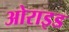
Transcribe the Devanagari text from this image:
ओराइड